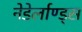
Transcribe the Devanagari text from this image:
नेडेर्लाण्ड्स